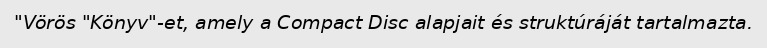
"Vörös "Könyv"-et, amely a Compact Disc alapjait és struktúráját tartalmazta.